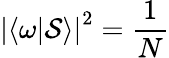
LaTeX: \left|\langle\omega|\mathcal{S}\rangle\right|^{2}={\frac{{1}}{{N}}}